Mental hospitals Bombay report 1921-28 - 1921-1928
Year: 1921
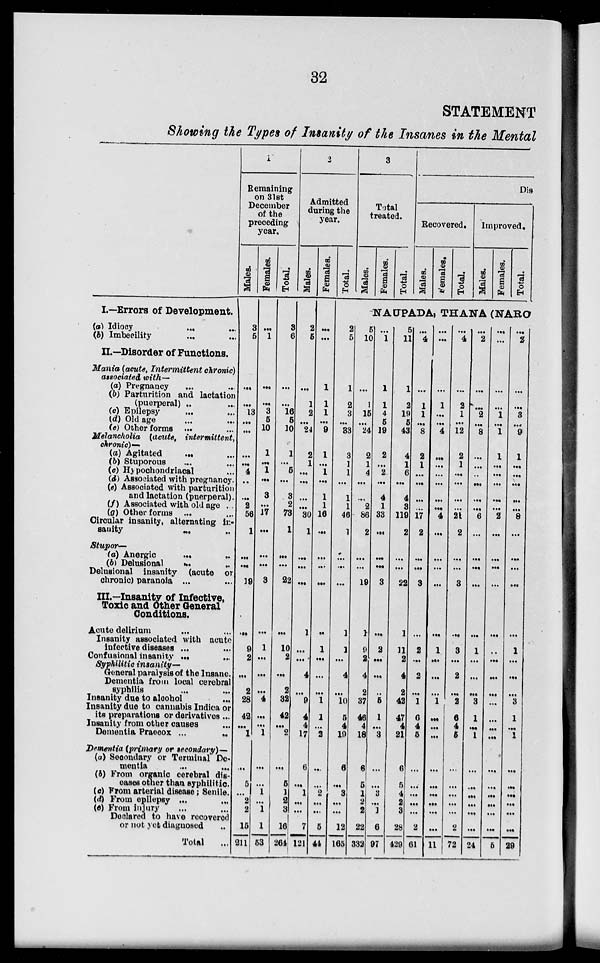
32
STATEMENT
Showing the Types of Insanity of the Insanes in the Mental
I.—Errors of Development.
(a) Idiocy... ...
(b) Imbecility... ...
II.—Disorder of Functions.
Mania (acute, Intermittent chronic)
associated with—
(a) Pregnancy... ...
(b) Parturition and lactation
(puerperal) ..
(c) Epilepsy ... ...
(d) Old age... ...
(e) Other forms ... ...
Melancholia (acute,
intermittent,
chronic)—
(a) Agitated... ...
(b) Stuporous... ...
(c) Hypochondriacal... ...
(d) Associated with pregnancy.
(e) Associated with parturition
and lactation (puerperal).
(f) Associated with old age ...
(g) Other forms ... ...
Circular insanity, alternating in-
sanity ... ...
Stupor—
(a) Anergic
...
...
(b) Delusional
...
...
Delusional insanity (acute or
chronic) paranoia ... ...
III.—Insanity of Infective,
Toxic and Other General
Conditions.
Acute delirium... ...
Insanity associated with acute
infective diseases ... ...
Confusional insanity ... ...
Syphilitic insanity—
General paralysis of the Insane.
Dementia from local cerebral
syphilis
...
...
Insanity due to alcohol ...
Insanity due to cannabis Indica or
its preparations or derivatives ...
Insanity from other causes ...
Dementia Praecox ...
..
Dementia (primary or secondary)—
(a) Secondary or Terminal De-
mentia
...
...
(b) From organic cerebral dis-
eases other than syphilitic.
(c) From arterial disease; Senile.
(d) From epilepsy ... ...
(e) From injury... ...
Declared to have recovered
or not yet diagnosed... ...
Total...
1
Remaining
on 31st
December
of the
preceding
year.
Males.
3
5
...
...
13
...
...
...
...
4
..
...
2
66
1
...
...
19
...
9
2
...
2
28
42
...
1
...
5
...
2
2
15
211
Females.
...
1
...
...
3
5
10
1
...
1
...
3
...
17
...
...
...
3
...
1
...
...
...
4
...
...
1
...
...
1
...
1
1
53
Total.
3
6
...
...
16
5
10
1
...
5
...
3
2
73
1
...
...
22
...
10
2
...
2
32
42
...
2
...
5
1
2
3
16
264
2
Admitted
during the
year.
Males.
2
5
...
1
2
...
24
2
1
...
...
...
...
30
1
...
...
...
1
...
...
4
...
9
4
4
17
6
...
1
...
...
7
121
Females.
...
...
1
1
1
...
9
1
...
1
...
1
1
16
...
...
...
...
...
1
...
...
...
1
1
...
2
...
...
2
...
...
5
44
Total.
3
Total
treated.
Males.
Females.
Total.
Dis
Recovered.
Males.
Females.
Total.
Improved.
Males.
Females.
Total.
NAUPADA, THANA (NARO
2
5
1
2
3
...
83
3
1
1
...
1
1
46
1
...
...
...
1
1
...
4
...
10
5
4
19
6
...
3
...
...
12
165
5
10
...
1
15
...
24
2
1
4
...
...
2
86
2
...
...
19
1
9
2
4
2
37
46
4
18
6
5
1
2
2
22
332
...
1
1
1
4
5
19
2
...
2
...
4
1
33
...
...
...
3
...
2
...
...
...
5
1
...
3
...
...
3
...
1
6
97
5
11
1
2
19
5
43
4
1
6
...
4
3
119
2
...
...
22
1
11
2
4
2
42
47
4
21
6
5
4
2
3
28
429
...
4
...
1
1
...
8
2
1
...
...
...
...
17
2
...
...
3
...
2
...
2
...
1
6
4
5
...
...
...
...
...
2
61
...
...
...
1
...
...
4
...
...
...
...
...
...
4
...
...
...
...
...
1
...
...
...
1
...
...
...
...
...
...
...
...
...
11
...
4
...
2
1
...
12
2
1
...
...
...
...
21
2
...
...
3
...
3
...
2
...
2
6
4
5
...
...
...
...
...
2
72
...
2
...
...
2
...
8
...
...
..
...
...
...
6
...
...
...
...
...
1
...
...
...
3
1
...
1
...
...
...
...
...
...
24
...
...
...
...
1
...
1
1
...
...
...
...
...
2
...
...
...
...
...
...
...
...
...
...
...
...
...
...
...
...
...
...
...
5
...
2
...
...
3
...
9
1
...
...
...
...
...
8
...
...
...
...
...
1
...
...
...
3
1
...
1
...
...
...
...
...
...
29